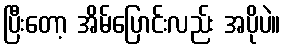
ပြီးတော့ အိမ်ပြောင်းလည်း အပိုပဲ။